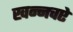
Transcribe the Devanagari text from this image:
खन्नचऐ